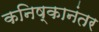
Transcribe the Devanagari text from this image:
कनिष्कानंतर